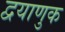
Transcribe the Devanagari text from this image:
द्वयाणुक